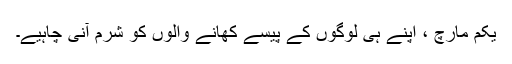
یکم مارچ ، اپنے ہی لوگوں کے پیسے کھانے والوں کو شرم آنی چاہیے۔